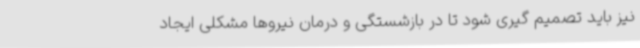
نیز باید تصمیم گیری شود تا در بازشستگی و درمان نیروها مشکلی ایجاد